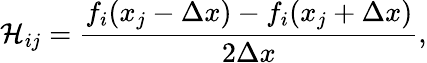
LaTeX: \mathcal{H}_{ij}=\frac{{f}_{i}(x_{j}-\Delta x)-{f}_{i}(x_{j}+\Delta x)}{2\Delta x},